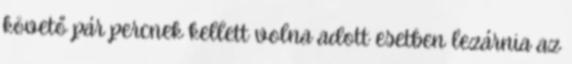
követő pár percnek kellett volna adott esetben lezárnia az